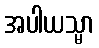
အပါယသ္မာ